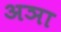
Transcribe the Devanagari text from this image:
अञा